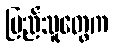
ပြည်သူတွေက